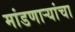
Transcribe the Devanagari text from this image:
मांडणार्‍यांचा